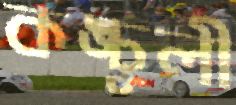
কঙ্চুলী